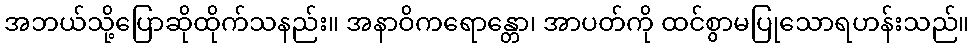
အဘယ်သို့ပြောဆိုထိုက်သနည်း။ အနာဝိကရောန္တော၊ အာပတ်ကို ထင်စွာမပြုသောရဟန်းသည်။